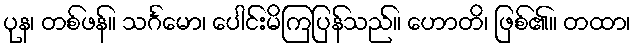
ပုန၊ တစ်ဖန်။ သင်္ဂမော၊ ပေါင်းမိကြပြန်သည်။ ဟောတိ၊ ဖြစ်၏။ တထာ၊